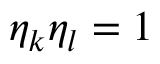
\eta _ { k } \eta _ { l } = 1